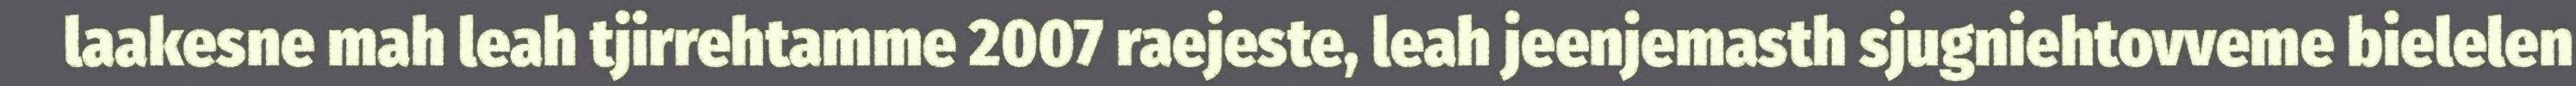
laakesne mah leah tjirrehtamme 2007 raejeste, leah jeenjemasth sjugniehtovveme bielelen